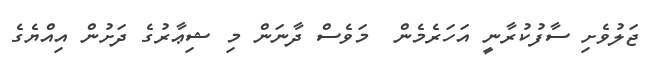
ޖަލުވެށި ސާފުކުރާނީ އަހަރެމެން  މަވެސް ދާނަން މި ޝިޢާރުގެ ދަށުން އިއްޔެގެ